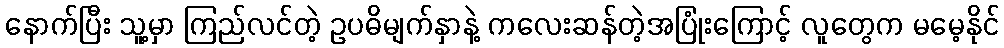
နောက်ပြီး သူ့မှာ ကြည်လင်တဲ့ ဥပဓိမျက်နှာနဲ့ ကလေးဆန်တဲ့အပြုံးကြောင့် လူတွေက မမေ့နိုင်